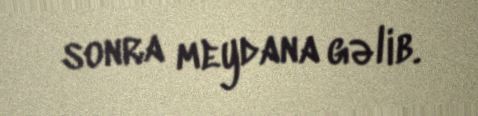
sonra meydana gəlib.